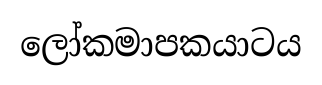
ලෝකමාපකයාටය